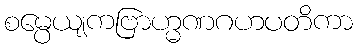
စမ္ပေယျကဗြာဟ္မဏဂဟပတိကာ